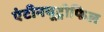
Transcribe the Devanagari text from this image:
एंटीनयूट्रोफिल